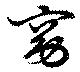
窈